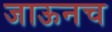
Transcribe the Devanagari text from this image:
जाऊनच